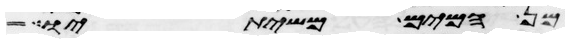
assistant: מן המים משיתיו